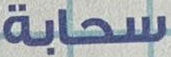
سحابة